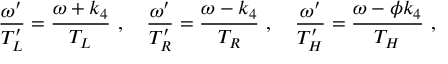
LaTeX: { \frac { \omega ^ { \prime } } { T _ { L } ^ { \prime } } } = { \frac { \omega + k _ { 4 } } { T _ { L } } } \ , \quad { \frac { \omega ^ { \prime } } { T _ { R } ^ { \prime } } } = { \frac { \omega - k _ { 4 } } { T _ { R } } } \ , \quad { \frac { \omega ^ { \prime } } { T _ { H } ^ { \prime } } } = { \frac { \omega - \phi k _ { 4 } } { T _ { H } } } \ ,